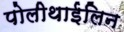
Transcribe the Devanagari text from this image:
पोलीथाईलिन